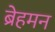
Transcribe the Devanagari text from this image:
ब्रेहमन